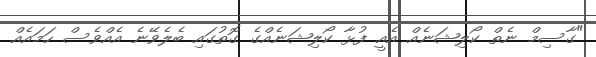
"ގާސިމް ނެތް ކޯލިޝަނެއް އެއީ ފުޅާ ކޯލިޝަނެއްގެ ގޮތުގައި ބެލެވޭނެ އެއްވެސް ހަމައެއް